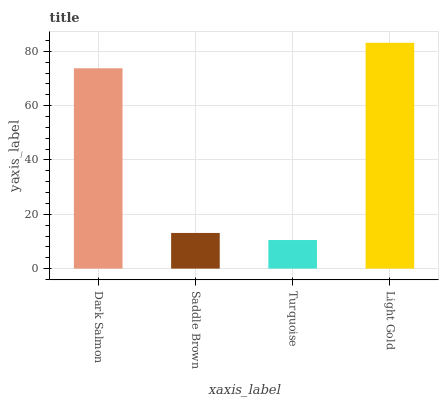
| xaxis_label | bars |
 | --- | --- |
 | Dark Salmon | 73.7 |
 | Saddle Brown | 13.1 |
 | Turquoise | 10.5 |
 | Light Gold | 83.1 |